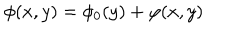
\phi ( x , y ) = \phi _ { 0 } ( y ) + \varphi ( x , y )